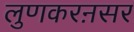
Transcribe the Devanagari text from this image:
लुणकरऩसर